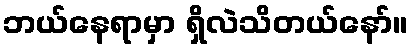
ဘယ်နေရာမှာ ရှိလဲသိတယ်နော်။